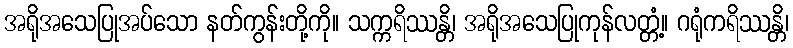
အရိုအသေပြုအပ်သော နတ်ကွန်းတို့ကို။ သက္ကရိဿန္တိ၊ အရိုအသေပြုကုန်လတ္တံ့။ ဂရုံကရိဿန္တိ၊